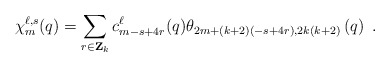
\begin{align*}\chi_{m}^{\ell,s}(q)=\sum_{r \in {\bf Z}_k} c_{m-s+4r}^{\ell}(q)\theta_{2m+(k+2)(-s+4r),2k(k+2)}\left(q\right) ~.\end{align*}